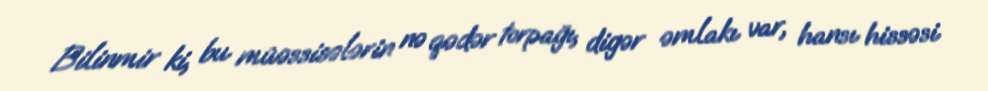
Bilinmir ki, bu müəssisələrin nə qədər torpağı, digər əmlakı var, hansı hissəsi